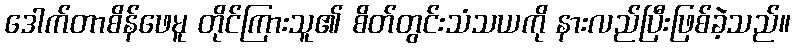
ဒေါက်တာစိန်ဖေမူ တိုင်ကြားသူ၏ စိတ်တွင်းသံသယကို နားလည်ပြီးဖြစ်ခဲ့သည်။